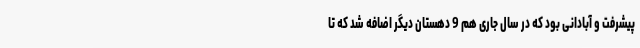
پیشرفت و آبادانی بود که در سال جاری هم 9 دهستان دیگر اضافه شد که تا